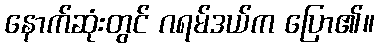
နောက်ဆုံးတွင် ဂရမ်ဒယ်က ပြော၏။